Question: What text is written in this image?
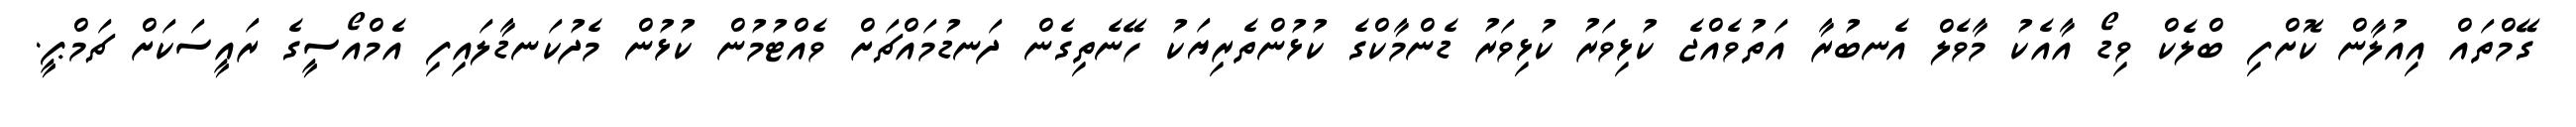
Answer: ގޭމްތައް އިއުލާން ކޮށްފި ބްލެކް ވިޑޯ އާއެކު މާވެލް އެނބުރާ އަތުވެއްޖެ ކުޅިވަރު ކުޅިވަރު ޑެންމާކްގެ ކުޅުންތެރިޔަކު ހޭނެތިގެން ދަނޑުމައްޗަށް ވެއްޓުމުން ކުޅުން މެދުކަނޑާލައިފި އެމްއޯސީގެ ރައީސަކަށް ޗަމްޕީ.